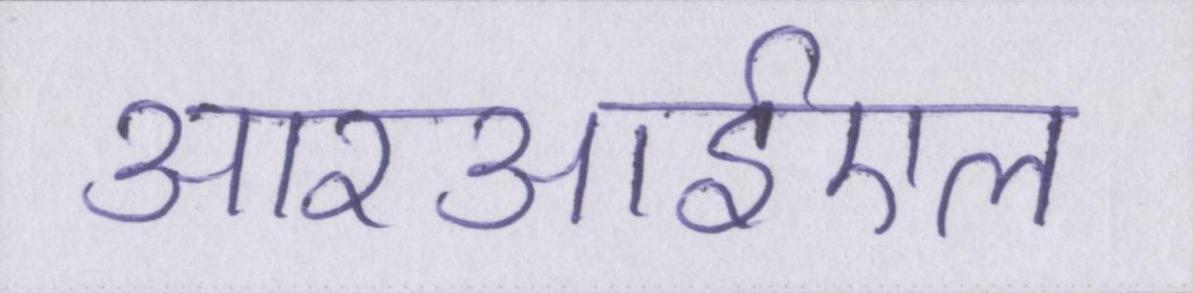
आरआईएल